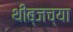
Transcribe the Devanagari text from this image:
थीब्जच्या